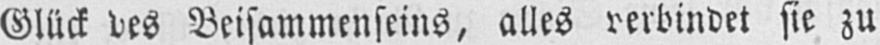
Glück des Beisammenseins, alles verbindet sie zu